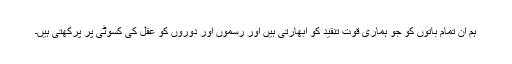
ہم ان تمام باتوں کو جو ہماری قوت تنقید کو ابھارتی ہیں اور رسموں اور دوروں کو عقل کی کسوٹی پر پرکھتی ہیں۔